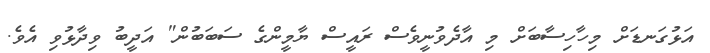
އަޅުގަނޑަށް މިހާހިސާބަށް މި އާދެވުނީވެސް ރައީސް ޔާމީންގެ ސަބަބުން" އަދީބު ވިދާޅުވި އެވެ.